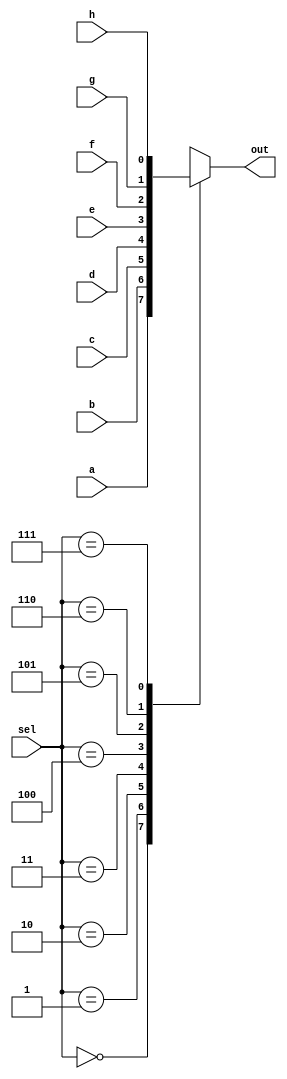
`timescale 1ns/1ps

module MUX_8_1(a, b, c, d, e, f, g, h,  sel, out);

  input a, b, c, d, e, f, g, h;
  input [2:0] sel;
  output reg out;

  always@(*) begin
    case (sel)
      4'b000: out = a;
      4'b001: out = b;
      4'b010: out = c;
      4'b011: out = d;
      4'b100: out = e;
      4'b101: out = f;
      4'b110: out = g;
      4'b111: out = h;
    endcase
  end

endmodule